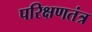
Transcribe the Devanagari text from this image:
परिक्षणतंत्र